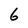
Character: 6